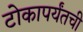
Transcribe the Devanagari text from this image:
टोकापर्यंतची